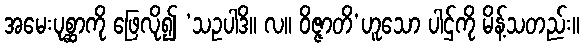
အမေးပုစ္ဆာကို ဖြေလို၍ ‘သဥပါဒိ။ လ။ ဝိဇ္ဇာတိ’ဟူသော ပါဌ်ကို မိန့်သတည်း။